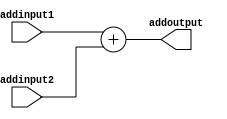
`timescale 1ns / 1ps
//////////////////////////////////////////////////////////////////////////////////
// Company: 
// Engineer: 
// 
// Design Name: 
// Module Name: Adder
// Project Name: 
// Target Devices: 
// Tool Versions: 
// Description: 
// 
// Dependencies: 
// 
// Revision:
// Revision 0.01 - File Created
// Additional Comments:
// 
//////////////////////////////////////////////////////////////////////////////////


module Adder (
    addinput1,
    addinput2,
    addoutput
);
  input [31:0] addinput1, addinput2;
  output reg [31:0] addoutput;

  always @(*) begin
    addoutput <= addinput1 + addinput2;
  end
endmodule